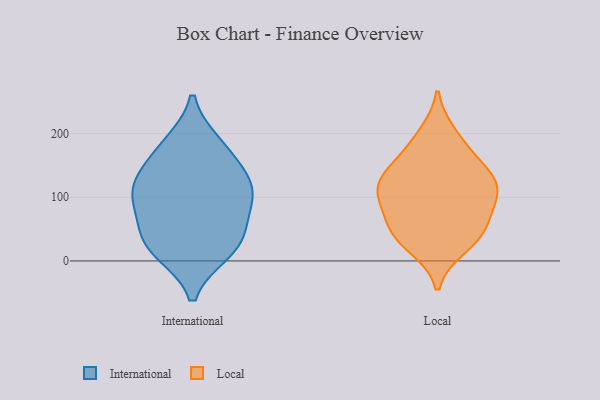
{"axis": {"x": "Revenue (USD Million)", "y": "Value"}, "legend": ["International", "Local"], "data": [{"x": "", "y": 35, "type": "International"}, {"x": "", "y": 174, "type": "International"}, {"x": "", "y": 183, "type": "International"}, {"x": "", "y": 103, "type": "International"}, {"x": "", "y": 134, "type": "International"}, {"x": "", "y": 15, "type": "International"}, {"x": "", "y": 86, "type": "International"}, {"x": "", "y": 18, "type": "International"}, {"x": "", "y": 49, "type": "International"}, {"x": "", "y": 108, "type": "International"}, {"x": "", "y": 121, "type": "International"}, {"x": "", "y": 198, "type": "Local"}, {"x": "", "y": 176, "type": "Local"}, {"x": "", "y": 117, "type": "Local"}, {"x": "", "y": 51, "type": "Local"}, {"x": "", "y": 140, "type": "Local"}, {"x": "", "y": 23, "type": "Local"}, {"x": "", "y": 108, "type": "Local"}, {"x": "", "y": 139, "type": "Local"}, {"x": "", "y": 119, "type": "Local"}, {"x": "", "y": 79, "type": "Local"}, {"x": "", "y": 39, "type": "Local"}, {"x": "", "y": 98, "type": "Local"}, {"x": "", "y": 46, "type": "Local"}]}